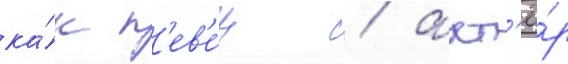
ка́к п'ев'е́ц / акт'ё́р